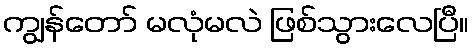
ကျွန်တော် မလုံမလဲ ဖြစ်သွားလေပြီ။